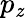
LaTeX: p_{\mathit{z}}